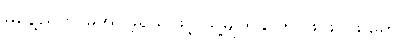
မနေ့ညက မအိပ်ခဲ့ရသဖြင့် သူ့မျက်နှာက ဖြူဖပ်ဖြူရော်။